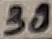
Text: 38